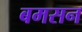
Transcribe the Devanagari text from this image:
बमसन